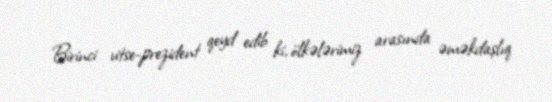
Birinci vitse-prezident qeyd edib ki, ölkələrimiz arasında əməkdaşlıq